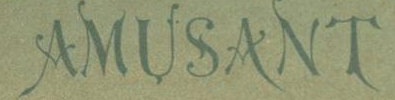
AMUSANT